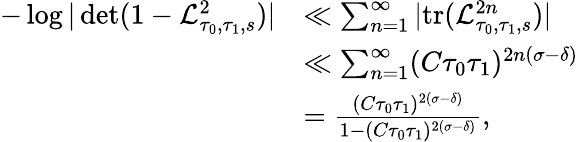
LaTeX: \begin{array}{rl}{-\log\vert\operatorname*{det}(1-\mathcal{L}_{\tau_{0},\tau_{1},s}^{2})\vert}&{\ll\sum_{n=1}^{\infty}\vert\mathrm{tr}(\mathcal{L}_{\tau_{0},\tau_{1},s}^{2n})\vert}\\ &{\ll\sum_{n=1}^{\infty}(C\tau_{0}\tau_{1})^{2n(\sigma-\delta)}}\\ &{=\frac{(C\tau_{0}\tau_{1})^{2(\sigma-\delta)}}{1-(C\tau_{0}\tau_{1})^{2(\sigma-\delta)}},}\end{array}